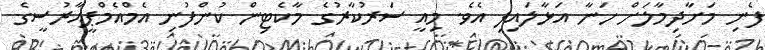
ފެނި މަށާދިމާލަށް ހަނާ އަޅާލައިފި އެވެ. މިއީ ސަރުކާރުގެ މާކެޓިން ކުންފުނި އެމްއެމްޕީއާރުސީގެ